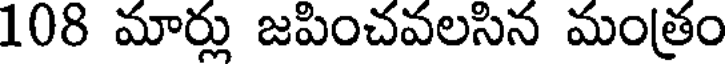
108 మార్లు జపించవలసిన మంత్రం